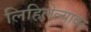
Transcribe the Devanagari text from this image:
लिहिलेल्यावर